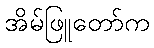
အိမ်ဖြူတော်က